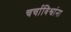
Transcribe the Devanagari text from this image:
चर्चाविश्वांना